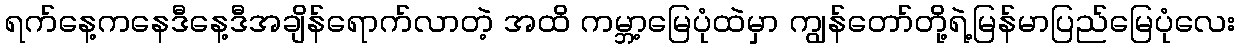
ရက်နေ့ကနေဒီနေ့ဒီအချိန်ရောက်လာတဲ့ အထိ ကမ္ဘာ့မြေပုံထဲမှာ ကျွန်တော်တို့ရဲ့မြန်မာပြည်မြေပုံလေး